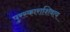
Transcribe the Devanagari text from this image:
पुरस्काराशिवाय